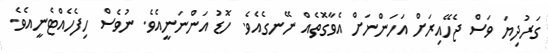
ގަރުދިޔަ ވަސް ޖެހޭއިރަށް އަހަންނަށް އެވާގޮތެއް ނޭނގެއެވެ. ހޮޑު އަންނަނީއެވެ. ނުވެސް ހިފެހެއްޓެނީއެވެ.